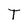
Character: h